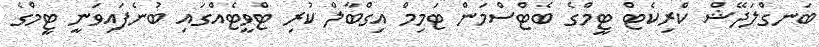
ބަނގްލަދޭޝް ކްރިކެޓް ޓީމްގެ ބެޓްސްމަން ޓަމިމް އިގްބާލް ކުރި ޓްވީޓެއްގައި ބުނެފައިވަނީ ޓީމްގެ